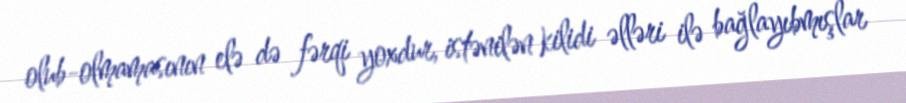
olub-olmamasının elə də fərqi yoxdur, istənilən kilidi əlləri ilə bağlayıbmışlar